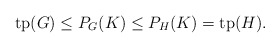
\begin{align*}\mathrm{tp}(G) \leq P_G(K) \leq P_H(K) = \mathrm{tp}(H).\end{align*}